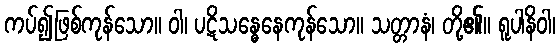
ကပ်၍ဖြစ်ကုန်သော။ ဝါ၊ ပဋိသန္ဓေနေကုန်သော။ သတ္တာနံ၊ တို့၏။ ရူပါနိဝါ၊